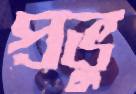
প্রভু